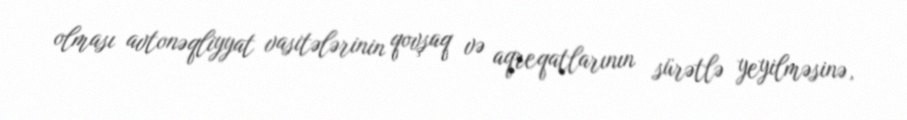
olması avtonəqliyyat vasitələrinin qovşaq və aqreqatlarının sürətlə yeyilməsinə,